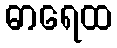
ဓာရေထ